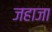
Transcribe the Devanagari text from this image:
जहाजा